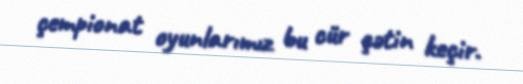
çempionat oyunlarımız bu cür çətin keçir.